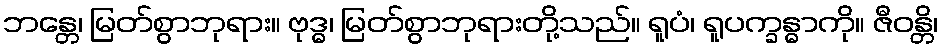
ဘန္တေ၊ မြတ်စွာဘုရား။ ဗုဒ္ဓ၊ မြတ်စွာဘုရားတို့သည်။ ရူပံ၊ ရူပက္ခန္ဓာကို။ ဇီဝန္တိ၊